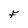
Character: F